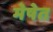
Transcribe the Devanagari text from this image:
मेषेत